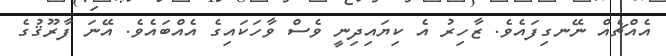
އެއްޗެއް ނޭނގިފައެވެ. ޒާހިރު އެ ކިޔައިދިނީ ވެސް ވާހަކައިގެ އެއްބައެވެ. އޭނަ ފާރޫޤުގެ